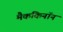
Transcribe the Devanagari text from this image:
मैककिनॉन